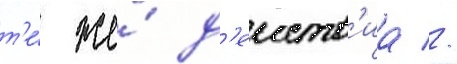
т'е́ же́ д'еиств'иа //